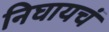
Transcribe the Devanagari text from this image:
निघायचं